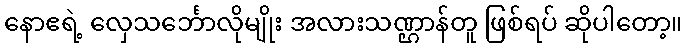
နောဧရဲ့ လှေသင်္ဘောလိုမျိုး အလားသဏ္ဌာန်တူ ဖြစ်ရပ် ဆိုပါတော့။